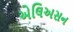
એલિઅસન